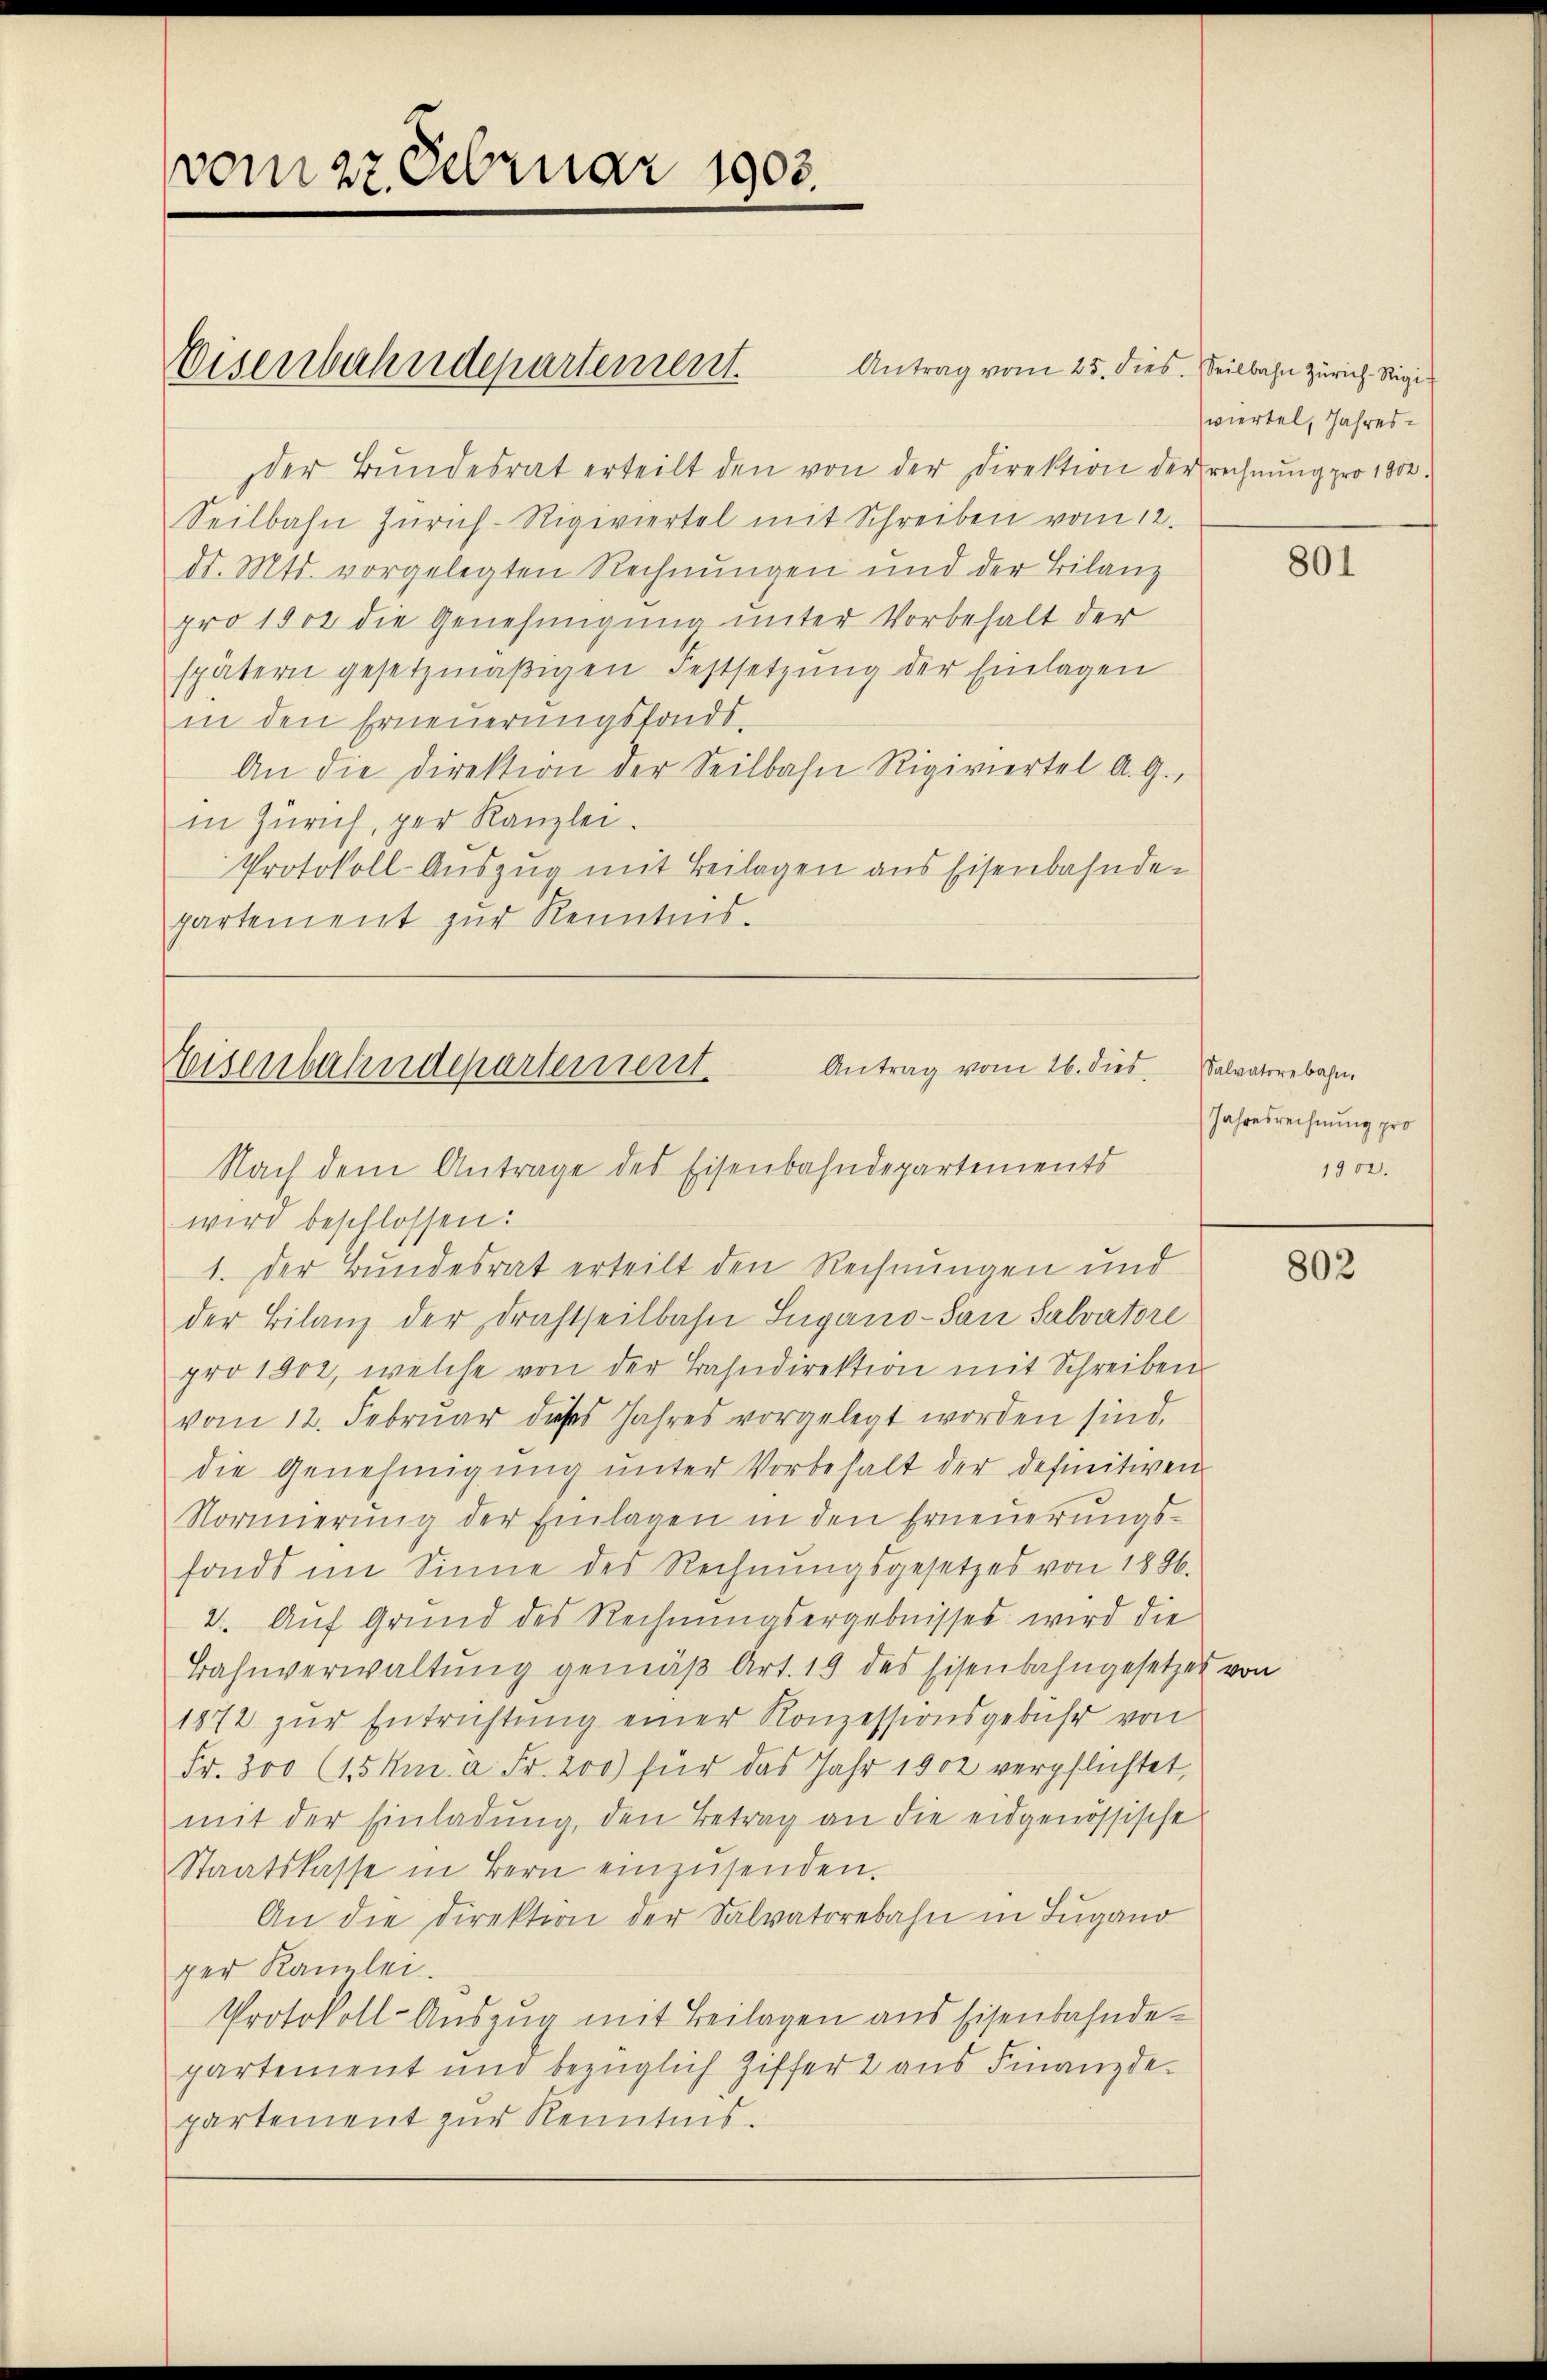
vom 27 Februar 1903.

Antrag vom 25. dies. Seilbahn Zürich-Rigider Bŭndesrat erteilt den von der Direktion der rechnŭng pro 1800.
Seilbahn Zürich-Rigiviertel mit Schreiben vom 12.
dr. Mts. vorgelegten Rechnungen und der Bilanz
pro 1902 die Genehmigung unter Vorbehalt der
spätern gesetzmäβigen Festsetzŭng der Einlagen
in den Erneŭerŭngsfonds.
An die Direktion der Seilbahn Rigiviertel A. G.,
in Zürich, per Kanzlei.
Protokoll-Auszug mit Beilagen aus Eisenbahndepartement zur Kenntnis.

Eisenbahndepartement.

Antrag vom 26. dies
Eisenbahndepartement
Nach dem Antrage des Eisenbahndepartements

wird beschlossen:
1. Der Bundesrat erteilt den Rechnungen und
der Bilanz der Drahtseitbahn Lugano-San Salvatore
pro 1902, welche von der Bahndirektion mit Schreiben
vom 12. Februar dieses Jahres vorgelegt worden sind.
die Genehmigung unter Vorbehalt der definitiven
Normierŭng der Einlagen in den Erneuerungsfonds im Sinne des Rechnŭngsgesetzes von 1886.
2. Auf Grund des Rechnungsergebnisses wird die
Bahnverwaltŭng gemäβ Art. 19 des Eisenbahngesetzes von
1872 zŭr Entrichtŭng einer Konzessionsgebühr von
Fr. 300 (15 km a. Fr. 200) für das Jahr 1902 verpflichtet,
mit der Einladŭng, den Betrag an die eidgenössische
Staatskasse in Bern einzŭsenden.
An die Direktion der Salvatorebahn in Lugano
ger Kanzlei.
Protokoll-Auszug mit Beilagen aus Eisenbahndepartement und bezüglich Ziffer 2 aus Finanzde
partement zur Kenntnis.

wiertel, Jahres¬

Salvatore bahn,
Jahresrechnung pro
1902.

801

802